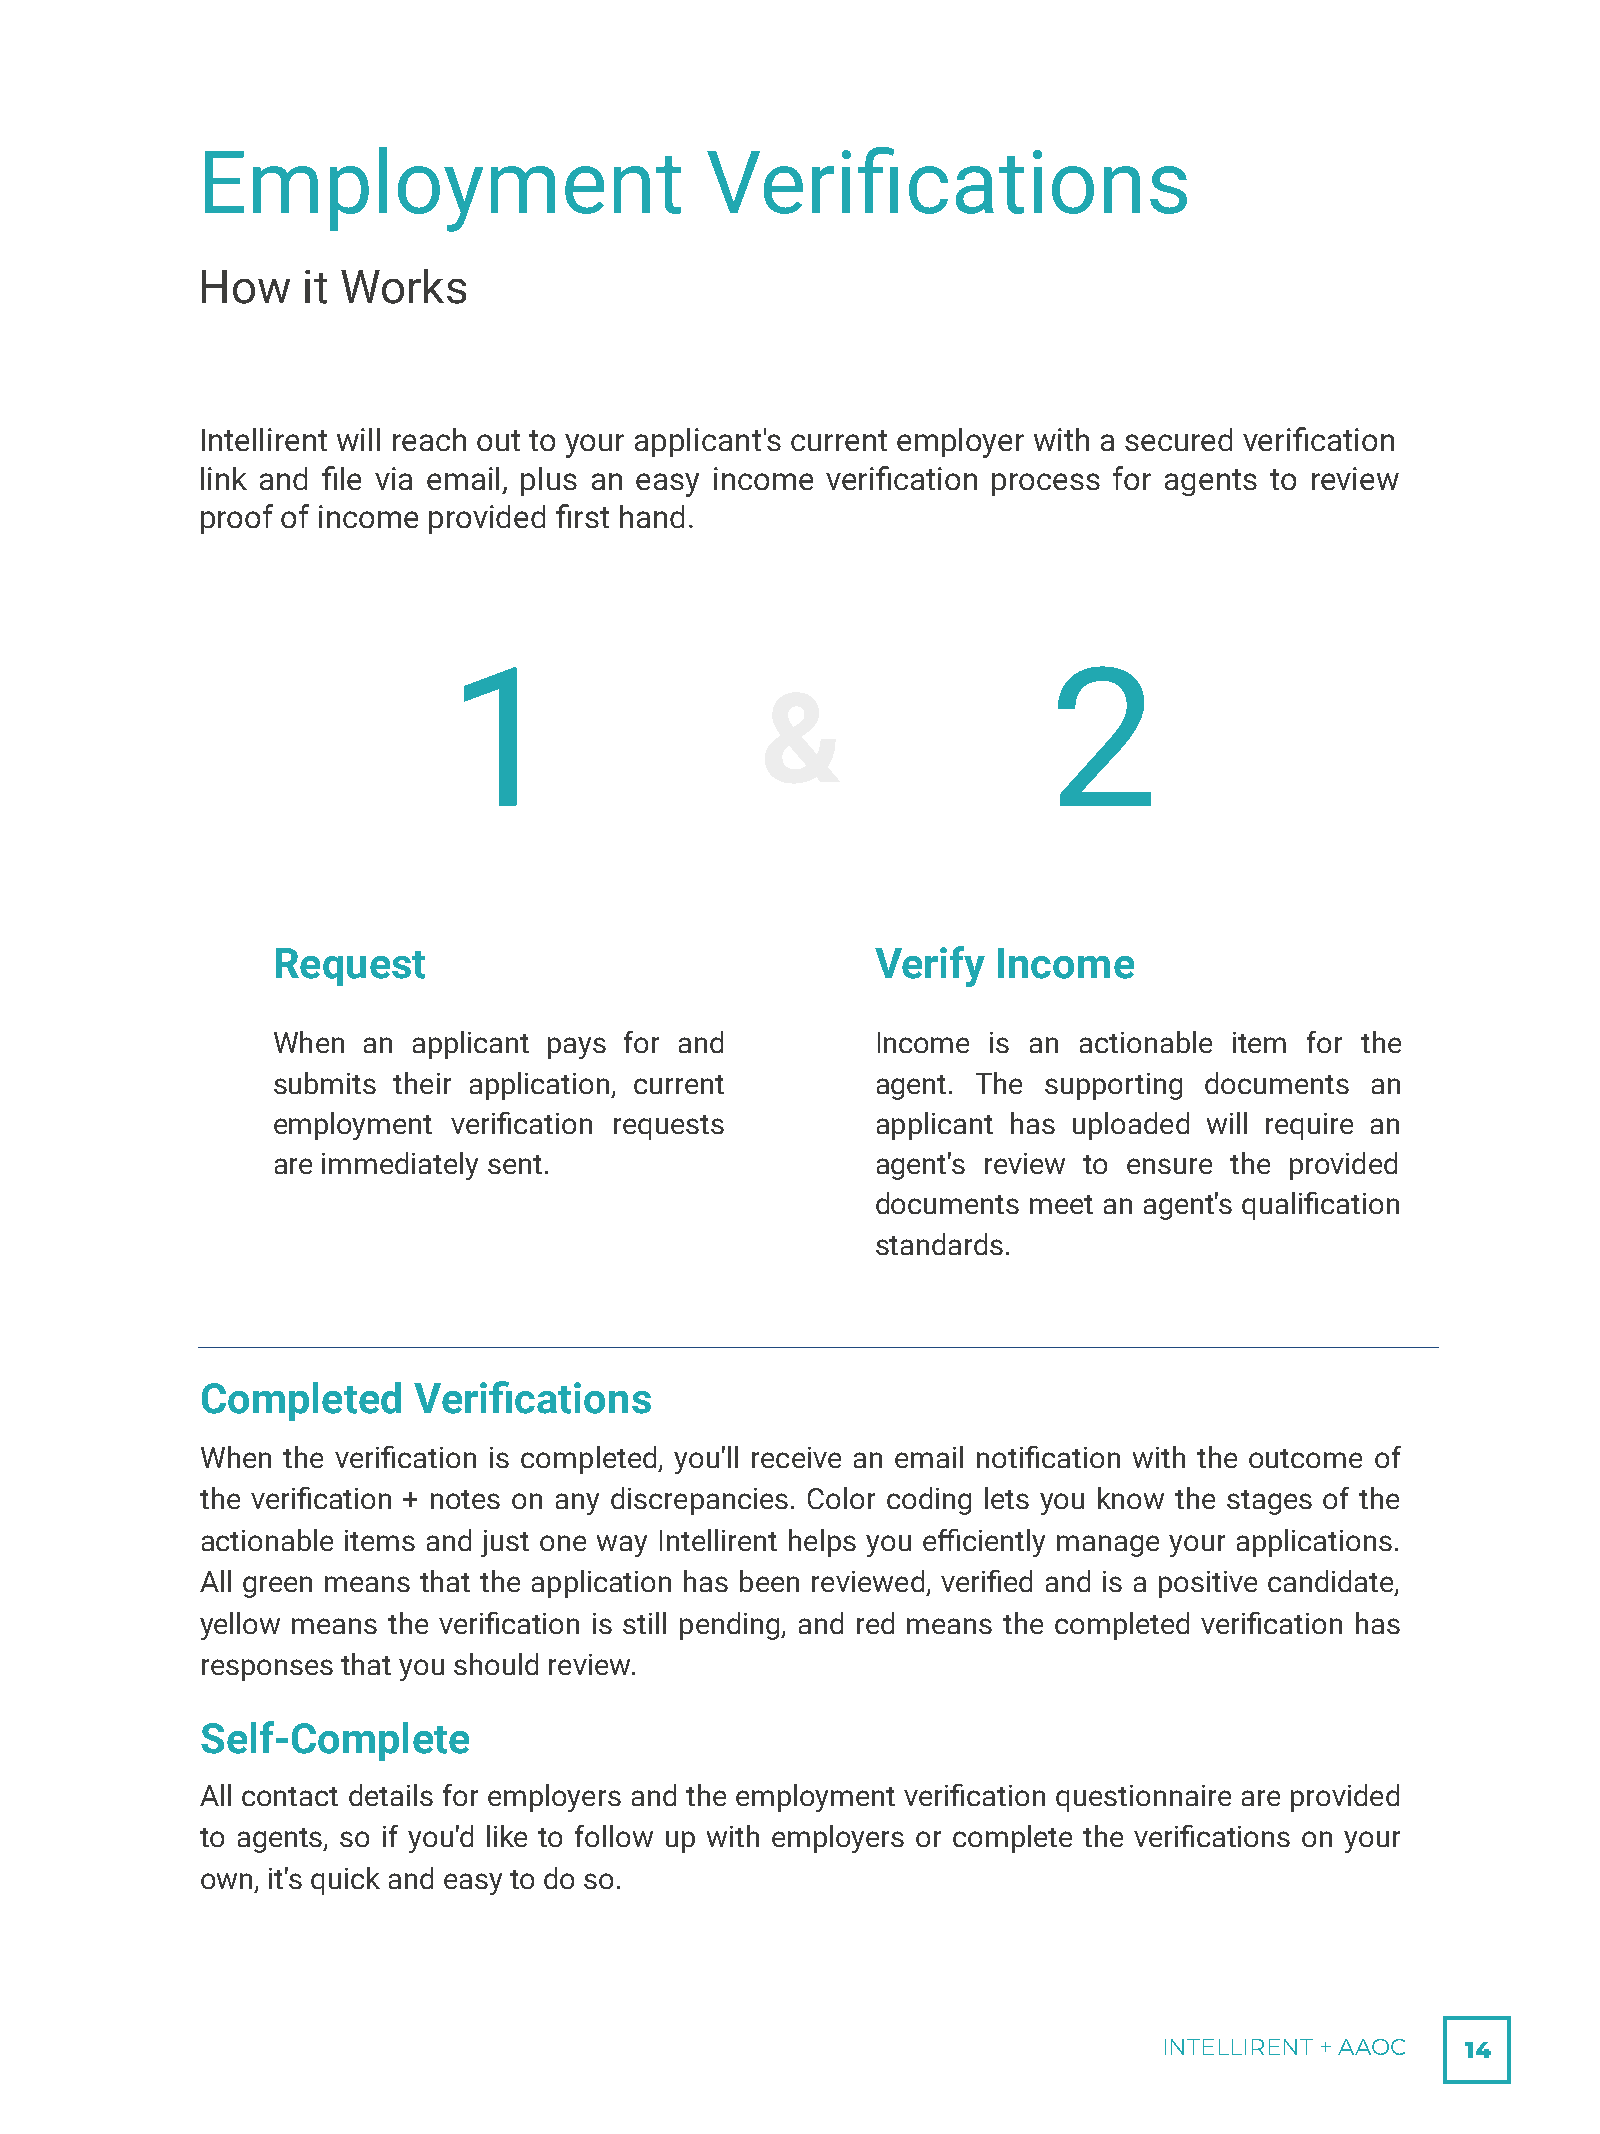
Employment                        Verifications
 How    it Works
 Intellirent will reach out to your applicant's current employer with a secured verification
 link and file via email, plus an easy income verification process for agents to review
 proof of income provided first hand.
 1                                      2
 &
 Request                                 Verify  Income
 When  an applicant pays for and         Income is an actionable item for the
 submits their application, current      agent. The supporting documents  an
 employment  verification requests       applicant has uploaded will require an
 are immediately sent.                   agent's review to ensure the provided
 documents meet an agent's qualification
 standards.
 Completed     Verifications
 When  the verification is completed, you'll receive an email notification with the outcome of
 the verification + notes on any discrepancies. Color coding lets you know the stages of the
 actionable items and just one way Intellirent helps you efficiently manage your applications.
 All green means that the application has been reviewed, verified and is a positive candidate,
 yellow means the verification is still pending, and red means the completed verification has
 responses that you should review.
 Self-Complete
 All contact details for employers and the employment verification questionnaire are provided
 to agents, so if you'd like to follow up with employers or complete the verifications on your
 own, it's quick and easy to do so.
 INTELLIRENT + AAOC  14